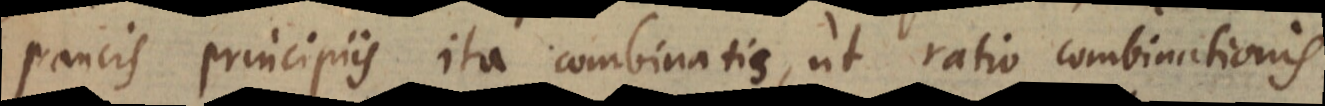
paucis principiis ita combinatis, ut ratio combinationis